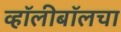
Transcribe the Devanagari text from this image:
व्हॉलीबॉलचा